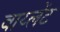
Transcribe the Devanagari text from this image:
वाय्लेंट